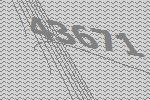
43671